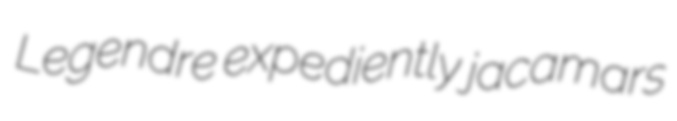
Legendre expediently jacamars